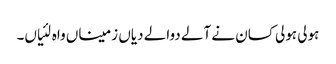
ہولی ہولی کسان نے آلے دوالے دیاں زمیناں واہ لئیاں۔